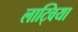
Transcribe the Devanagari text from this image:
लाट्विया